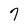
Character: 7